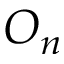
O _ { n }